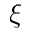
{ \xi }